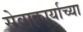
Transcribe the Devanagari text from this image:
सेवाकार्याच्या